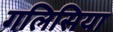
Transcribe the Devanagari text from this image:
गलिसिया